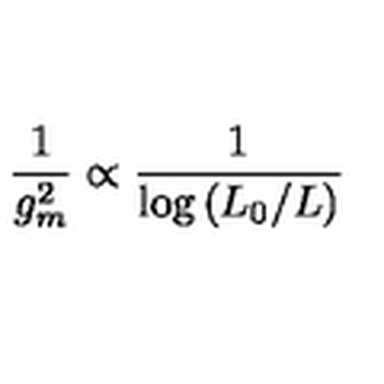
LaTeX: { \frac { 1 } { g _ { m } ^ { 2 } } } \propto { \frac { 1 } { \log { ( L _ { 0 } / L ) } } }